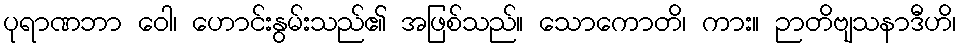
ပုရာဏဘာ ဝေါ၊ ဟောင်းနွမ်းသည်၏ အဖြစ်သည်။ သောကောတိ၊ ကား။ ဉာတိဗျသနာဒီဟိ၊